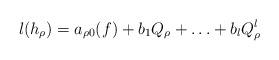
LaTeX: \begin{align*}l(h_\rho)=a_{\rho 0}(f)+b_1Q_\rho+\ldots+b_lQ_\rho^l \end{align*}